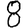
Digit: 8